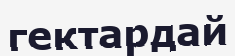
гектардай